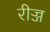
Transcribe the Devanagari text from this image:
रीज्ज